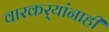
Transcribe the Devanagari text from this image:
वारकर्‍यांनाही